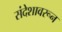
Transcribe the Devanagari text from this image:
संदेशावरून